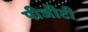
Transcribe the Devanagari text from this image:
पीजीटी